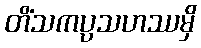
တိံသကပ္ပသဟဿမှိ